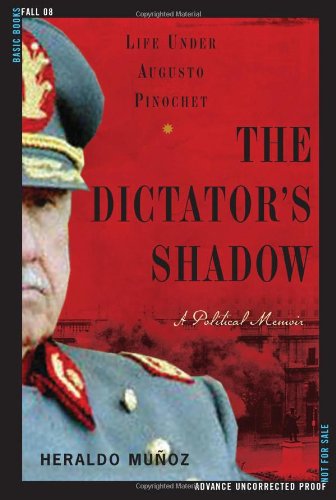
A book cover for The Dictator's Shadow: Life Under Augusto Pinochet; Heraldo Munoz; Biographies & Memoirs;